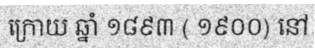
ក្រោយ ឆ្នាំ ១៨៩៣ ( ១៩០០) នៅ